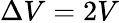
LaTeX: \Delta V=2V